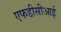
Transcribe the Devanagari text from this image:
एफडीसीआई